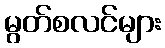
မွတ်စလင်များ